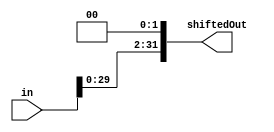
`timescale 1ns / 1ps
//////////////////////////////////////////////////////////////////////////////////
// Company: 
// Engineer: 
// 
// Design Name: 
// Module Name: ShiftLeft2
// Project Name: 
// Target Devices: 
// Tool Versions: 
// Description: 
// 
// Dependencies: 
// 
// Revision:
// Revision 0.01 - File Created
// Additional Comments:
// 
//////////////////////////////////////////////////////////////////////////////////


module ShiftLeft2(in, shiftedOut);
    input [31:0] in;
    output reg [31:0] shiftedOut;
    
    always@(in) begin
    shiftedOut <= in << 2;
    end
endmodule